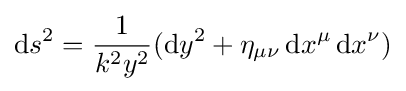
\mathrm {d} s^{2}={\frac {1}{k^{2}y^{2}}}(\mathrm {d} y^{2}+\eta _{\mu \nu }\,\mathrm {d} x^{\mu }\,\mathrm {d} x^{\nu })